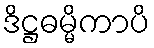
ဒိဋ္ဌဓမ္မိကာပိ